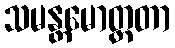
သမန္တမောတ္ထတာ